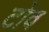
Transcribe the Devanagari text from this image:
टोव